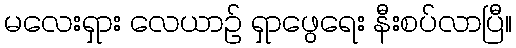
မလေးရှား လေယာဉ် ရှာဖွေရေး နီးစပ်လာပြီ။